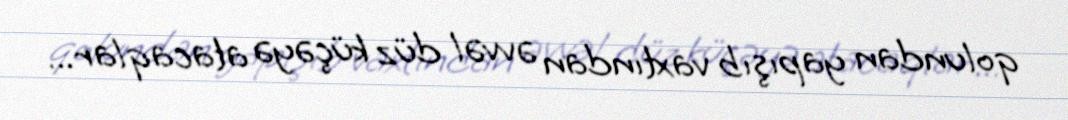
qolundan yapışıb vaxtından əvvəl düz küçəyə atacaqlar...